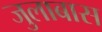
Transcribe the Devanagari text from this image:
जुलाबास